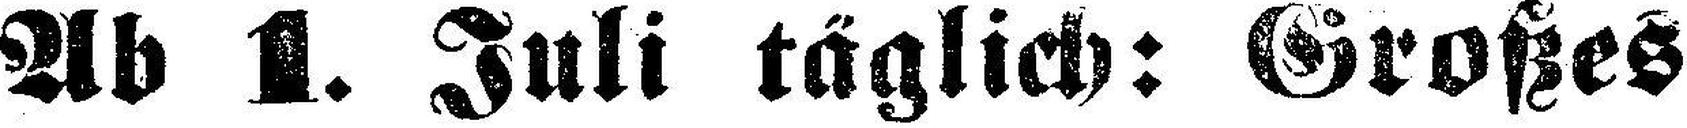
Ab 1. Juli täglich: Großes